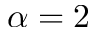
\alpha = 2